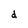
Character: d